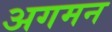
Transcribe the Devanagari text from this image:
अगमन